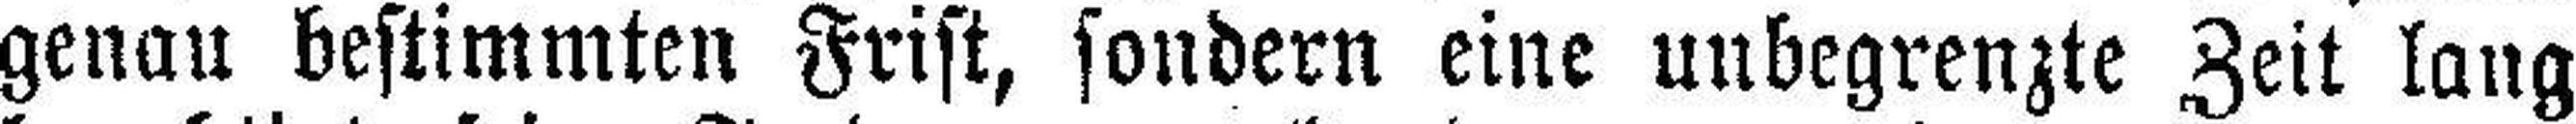
genau bestimmten Frist, sondern eine unbegrenzte Zeit lang